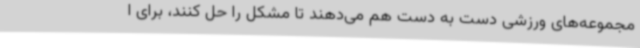
مجموعه‌های ورزشی دست به دست هم می‌دهند تا مشکل را حل کنند، برای ا